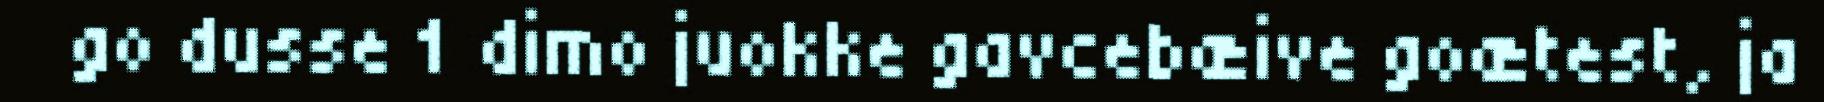
go dusse 1 dimo juokke gavcebæive goætest, ja